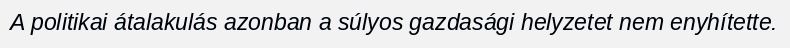
A politikai átalakulás azonban a súlyos gazdasági helyzetet nem enyhítette.